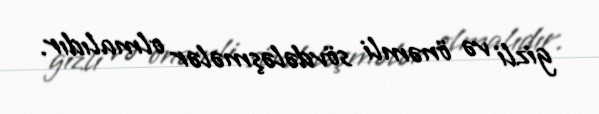
gizli və önəmli sövdələşmələr olmalıdır.